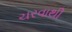
ચરવાથી